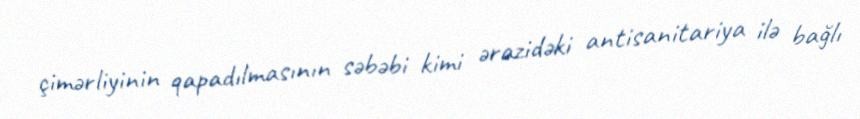
çimərliyinin qapadılmasının səbəbi kimi ərazidəki antisanitariya ilə bağlı